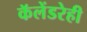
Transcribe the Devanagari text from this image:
कॅलेंडरेही